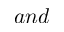
a n d